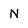
Character: N